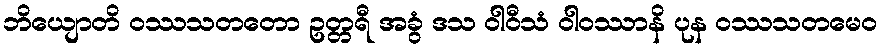
ဘိယျောတိ ဝဿသတတော ဥတ္တရီ အခွံ ဒသ ဝါဝီသံ ဝါဝဿာနိ ပုန ဝဿသတမေဝ